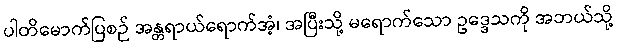
ပါတိမောက်ပြစဉ် အန္တရာယ်ရောက်အံ့၊ အပြီးသို့ မရောက်သော ဥဒ္ဒေသကို အဘယ်သို့